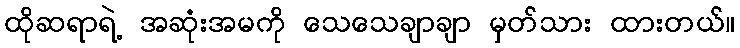
ထိုဆရာရဲ့ အဆုံးအမကို သေသေချာချာ မှတ်သား ထားတယ်။